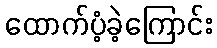
ထောက်ပံ့ခဲ့ကြောင်း